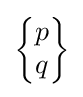
{\begin{Bmatrix}p\\q\end{Bmatrix}}